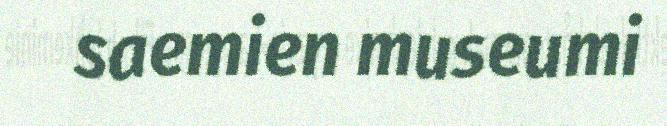
saemien museumi